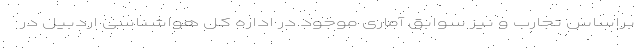
براساس تجارب و نیز سوابق آماری موجود در اداره کل هواشناسی اردبیل در